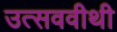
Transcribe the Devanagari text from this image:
उत्सववीथी